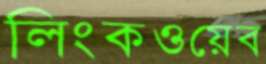
লিংকওয়েব